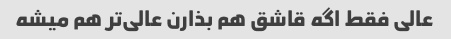
عالی فقط اگه قاشق هم بذارن عالی‌تر هم میشه